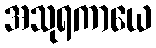
အသုရကာယေ